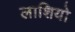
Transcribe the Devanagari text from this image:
लाशियो